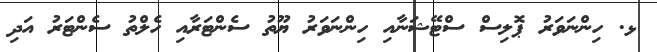
ޅ. ހިންނަވަރު ޕޮލިސް ސްޓޭޝަނާއި ހިންނަވަރު ޔޫތު ސެންޓަރާއި ހެލްތު ސެންޓަރު އަދި